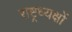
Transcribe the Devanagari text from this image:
राष्ट्रध्यक्षों